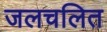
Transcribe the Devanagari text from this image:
जलचलित